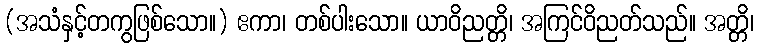
(အသံနှင့်တကွဖြစ်သော။) ဧကာ၊ တစ်ပါးသော။ ယာဝိညတ္တိ၊ အကြင်ဝိညတ်သည်။ အတ္တိ၊